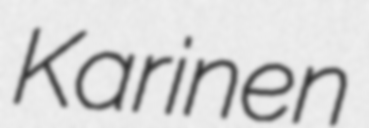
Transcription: Karinen